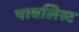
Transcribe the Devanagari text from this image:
पावलिस्ट